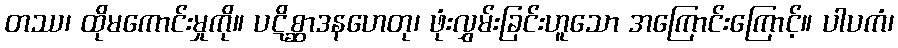
တဿ၊ ထိုမကောင်းမှုကို။ ပဋိစ္ဆာဒနဟေတု၊ ဖုံးလွှမ်းခြင်းဟူသော အကြောင်းကြောင့်။ ပါပကံ၊